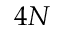
4 N